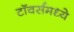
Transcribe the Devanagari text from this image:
टॉवर्समध्ये